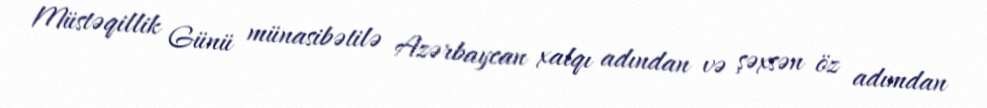
Müstəqillik Günü münasibətilə Azərbaycan xalqı adından və şəxsən öz adımdan